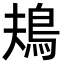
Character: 鳺